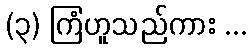
(၃) ကြံဟူသည်ကား ...